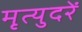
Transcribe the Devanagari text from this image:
मृत्युदरें